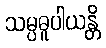
သမ္ပဓူပါယန္တိ